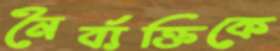
নৈর্ব্যক্তিকে